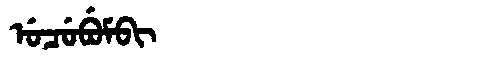
Manchu: ᡠᠴᡠᠪᡠᠮᠪᡳ
Romanization: UCUBUMBI